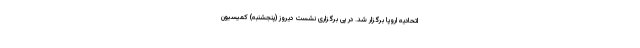
اتحادیه اروپا برگزار شد. در پی برگزاری نشست دیروز (پنجشنبه) کمیسیون